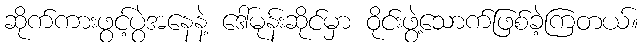
ဆိုက်ကားဖွင့်ပွဲအနေနဲ့ ဒေါ်မုန်းဆိုင်မှာ ဝိုင်းဖွဲ့သောက်ဖြစ်ခဲ့ကြတယ်။